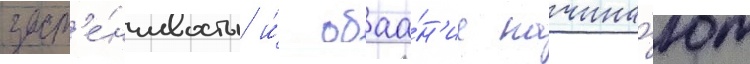
заст'е́нчивость и́ обаа́н'ие начина́ют